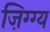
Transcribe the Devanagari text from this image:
ज़िग्ग्य